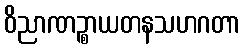
ဝိညာဏဉ္စာယတနသဟဂတာ